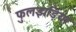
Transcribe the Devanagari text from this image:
फुलझड़ियां